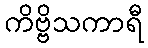
ကိဗ္ဗိသကာရီ